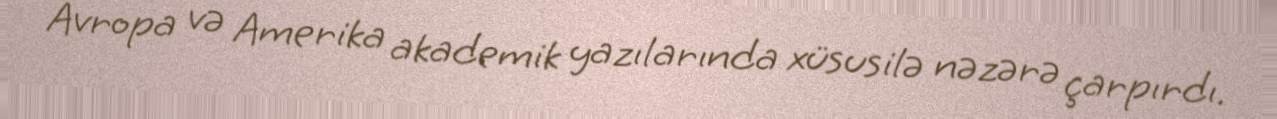
Avropa və Amerika akademik yazılarında xüsusilə nəzərə çarpırdı.